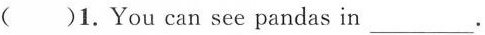
( )1.You can see pandas in___.